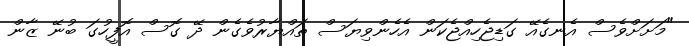
"މަށަށްވެސް އެނގެއޭ ގަޑިޖެހިއްޖެކަން އެހެންވިޔަސް ތައްޔާރުވެގެން ދޭ ގޮސް އޮފީހުގަ ބުނޭ ޒާން